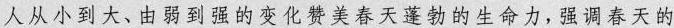
人从小到大、由弱到强的变化赞美春天蓬勃的生命力,强调春天